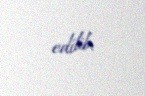
edilib.